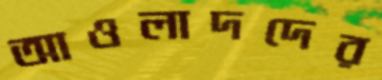
আওলাদদের